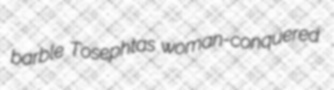
barble Tosephtas woman-conquered